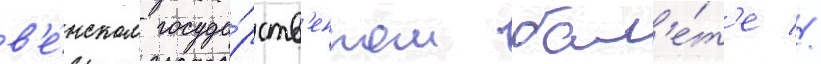
в'е́нском госуда́рств'енном бал'е́т'е //